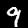
Label: 9